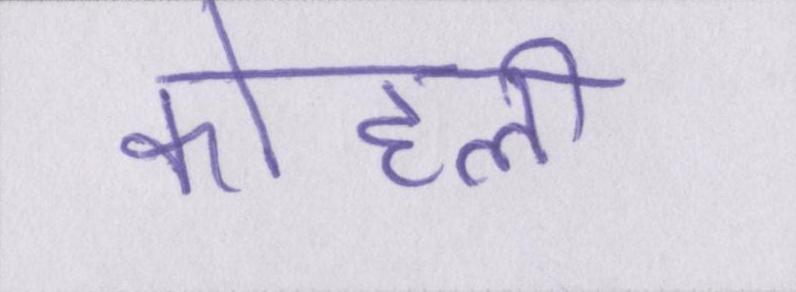
कोहली